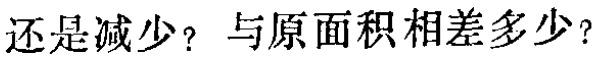
还是减少？与原面积相差多少？